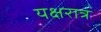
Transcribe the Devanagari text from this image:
यक्षरात्र